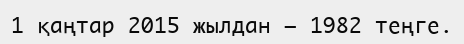
1 қаңтар 2015 жылдан — 1982 теңге.